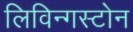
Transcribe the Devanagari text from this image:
लिविन्गस्टोन